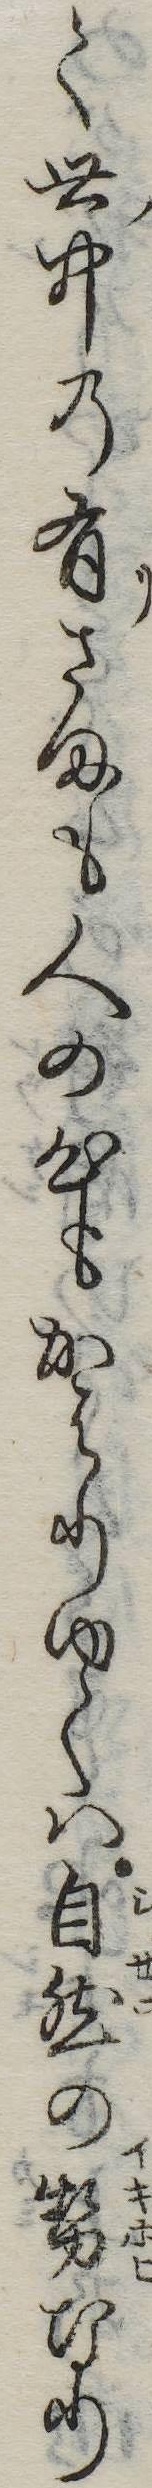
く世中の有さまも人の心もかはりゆくは自然の勢なり